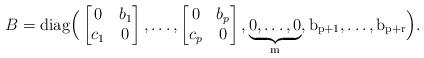
LaTeX: \begin{align*}B= \rm{diag} \Big(\begin{bmatrix}0& b_1\\ c_1&0\end{bmatrix},\dots,\begin{bmatrix} 0& b_p\\ c_p&0 \end{bmatrix},\underbrace{0,\dots,0}_m, b_{p+1},\dots,b_{p+r} \Big).\end{align*}